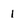
Character: 1